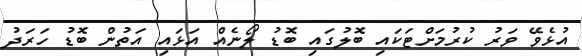
އުޅެވޭ ވަރު ކުރުމަށްޓަކައި ބޮލުގައި ބޮޑު ލޯނެއް އަޅައި އަތުން ބޮޑު ހަރަދު